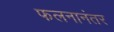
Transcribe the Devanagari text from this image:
फलनानंतर